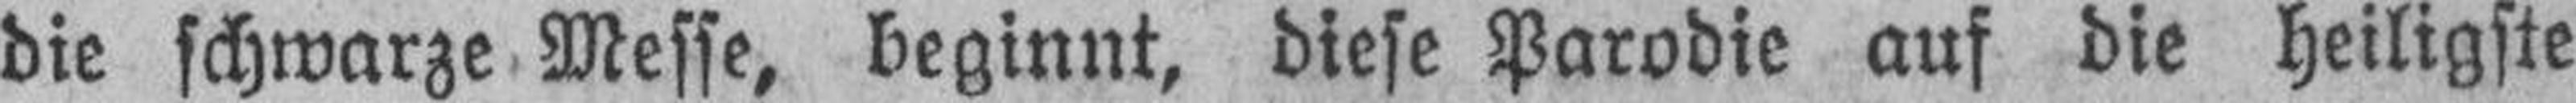
die schwarze Messe, beginnt, diese Parodie auf die heiligste